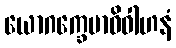
ယောဂက္ခေမာဓိဝါဟနံ